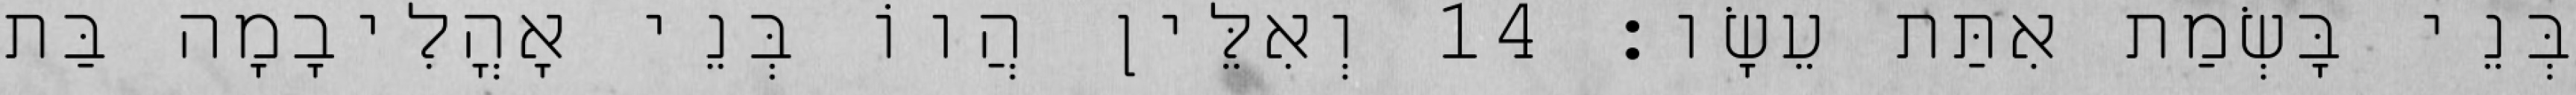
בְּנֵי בָּשְׂמַת אִתַּת עֵשָׂו׃ 14 וְאִלֵּין הֲווֹ בְּנֵי אָהֳלִיבָמָה בַּת